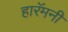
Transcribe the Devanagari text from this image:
हारॅमनी